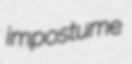
impostume